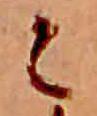
々